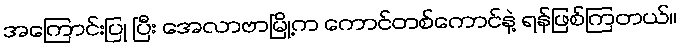
အကြောင်းပြု ပြီး အေလာဗာမြို့က ကောင်တစ်ကောင်နဲ့ ရန်ဖြစ်ကြတယ်။